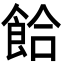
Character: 餄